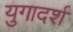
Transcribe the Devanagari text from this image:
युगादर्श